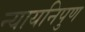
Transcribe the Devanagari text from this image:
न्यायनिपुण